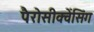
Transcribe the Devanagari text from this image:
पैरोसीक्वेंसिंग